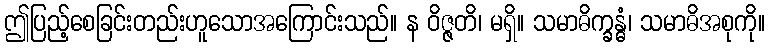
ဤပြည့်စေခြင်းတည်းဟူသောအကြောင်းသည်။ န ဝိဇ္ဇတိ၊ မရှိ။ သမာဓိက္ခန္ဓံ၊ သမာဓိအစုကို။